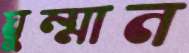
ঘুম্মান